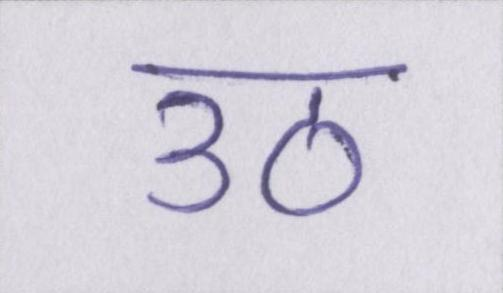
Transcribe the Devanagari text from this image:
उठ